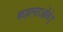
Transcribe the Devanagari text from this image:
कहलाओंगे।